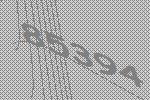
85394